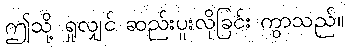
ဤသို့ ရှုလျှင် ဆည်းပူးလိုခြင်း ကွာသည်။